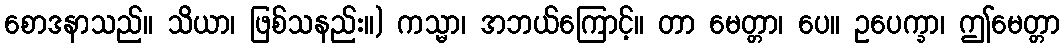
စောဒနာသည်။ သိယာ၊ ဖြစ်သနည်း။) ကသ္မာ၊ အဘယ်ကြောင့်။ တာ မေတ္တာ၊ ပေ။ ဥပေက္ခာ၊ ဤမေတ္တာ